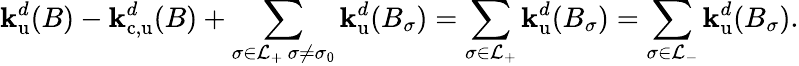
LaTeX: {\mathbf{k}}_{\mathrm{u}}^{d}(B)-{\mathbf{k}}_{\mathrm{c,u}}^{d}(B)+\sum_{\substack{\sigma\in{\mathcal{L}}_{+}\, \sigma\neq\sigma_{0}}}{\mathbf{k}}_{\mathrm{u}}^{d}(B_{\sigma})=\sum_{\sigma\in{\mathcal{L}}_{+}}{\mathbf{k}}_{\mathrm{u}}^{d}(B_{\sigma})=\sum_{\sigma\in{\mathcal{L}}_{-}}{\mathbf{k}}_{\mathrm{u}}^{d}(B_{\sigma}).